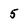
Character: 5